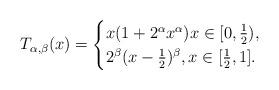
LaTeX: \begin{align*} T_{\alpha, \beta}(x) = \begin{cases} x( 1 + 2^{\alpha} x^{\alpha} ) x \in [0, \tfrac12), \\ 2^{\beta}( x - \tfrac12 )^{\beta}, x \in [\tfrac12, 1]. \end{cases} \end{align*}